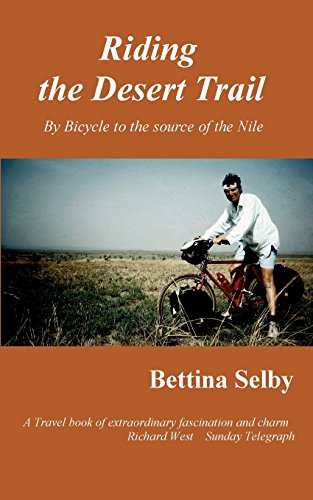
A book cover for Riding the Desert Trail; B. Ettina Selby; Travel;